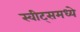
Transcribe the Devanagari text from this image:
स्वीट्‌समध्ये